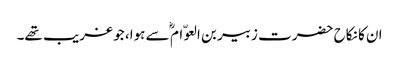
ان کا نکاح حضرت زبیر بن العوّام ؓ سے ہوا، جو غریب تھے۔